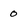
Character: 0